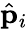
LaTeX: \hat{\mathbf p}_{i}